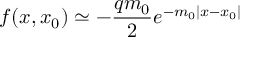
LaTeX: f ( x , x _ { 0 } ) \simeq - \frac { q m _ { 0 } } { 2 } e ^ { - m _ { 0 } | x - x _ { 0 } | }